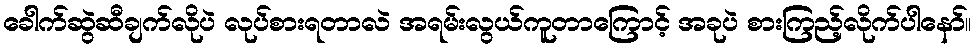
ခေါက်ဆွဲဆီချက်လိုပဲ လုပ်စားရတာလဲ အရမ်းလွယ်ကူတာကြောင့် အခုပဲ စားကြည့်လိုက်ပါနော်။